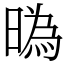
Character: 㬙